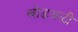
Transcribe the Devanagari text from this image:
खोडअळी